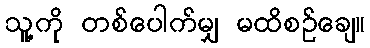
သူ့ကို တစ်ပေါက်မျှ မထိစဉ်ချေ။